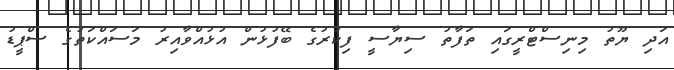
އަދި ޔޫތު މިނިސްޓްރީގައި ތަފާތު ސިޔާސީ ފިކުރުގެ ބޭފުޅުން އުޅުއްވާއިރު މަސައްކަތުގެ ސްޕީޑު